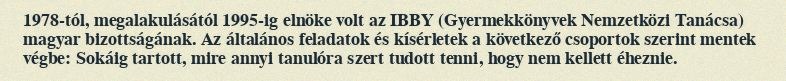
1978-tól, megalakulásától 1995-ig elnöke volt az IBBY (Gyermekkönyvek Nemzetközi Tanácsa) magyar bizottságának. Az általános feladatok és kísérletek a következő csoportok szerint mentek végbe: Sokáig tartott, mire annyi tanulóra szert tudott tenni, hogy nem kellett éheznie.